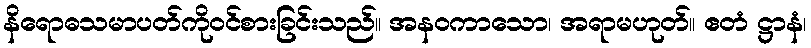
နိရောဓသမာပတ်ကိုဝင်စားခြင်းသည်။ အနဝကာသော၊ အရာမဟုတ်။ ဧတံ ဋ္ဌာနံ၊